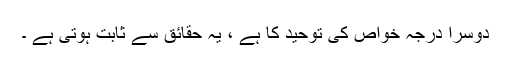
دوسرا درجہ خواص کی توحید کا ہے ، یہ حقائق سے ثابت ہوتی ہے ۔